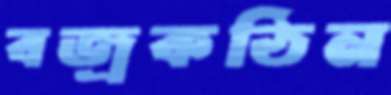
বজ্রকঠিন